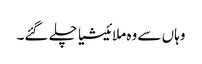
وہاں سے وہ ملائیشیا چلے گئے۔